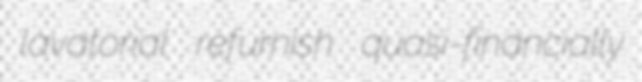
lavatorial refurnish quasi-financially